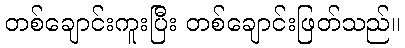
တစ်ချောင်းကူးပြီး တစ်ချောင်းဖြတ်သည်။